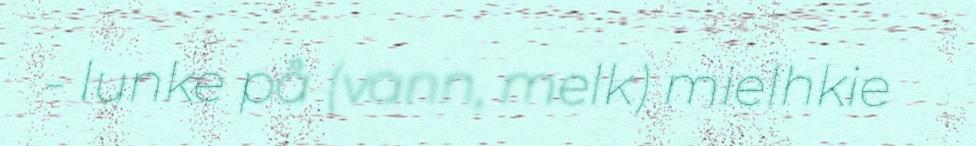
- lunke på (vann, melk) mielhkie